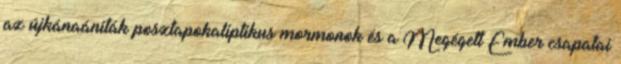
az újkánaániták posztapokaliptikus mormonok és a Megégett Ember csapatai